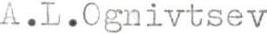
A.L.Ognivtsev